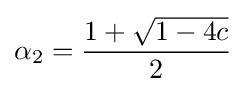
\alpha _{2}={\frac {1+{\sqrt {1-4c}}}{2}}